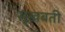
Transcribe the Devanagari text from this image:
सुखबती